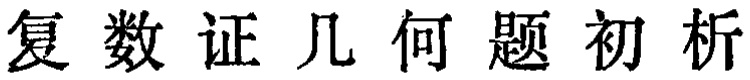
复数证几何题初析